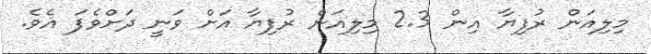
މިލިއަން ރުފިޔާ އިން 2.3 މިލިއަން ރުފިޔާ އަށް ވަނީ ދަށްވެފަ އެވެ.